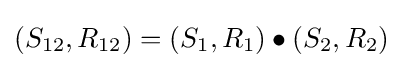
(S_{12},R_{12})=(S_{1},R_{1})\bullet (S_{2},R_{2})